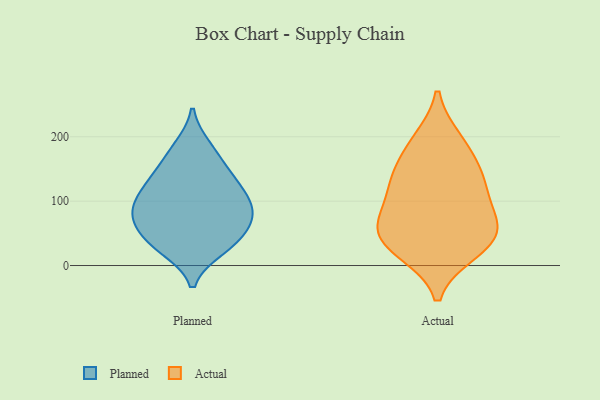
{"axis": {"x": "Headcount", "y": "Value"}, "legend": ["Actual", "Planned"], "data": [{"x": "", "y": 184, "type": "Planned"}, {"x": "", "y": 26, "type": "Planned"}, {"x": "", "y": 135, "type": "Planned"}, {"x": "", "y": 105, "type": "Planned"}, {"x": "", "y": 33, "type": "Planned"}, {"x": "", "y": 87, "type": "Planned"}, {"x": "", "y": 132, "type": "Planned"}, {"x": "", "y": 32, "type": "Planned"}, {"x": "", "y": 174, "type": "Planned"}, {"x": "", "y": 71, "type": "Planned"}, {"x": "", "y": 103, "type": "Planned"}, {"x": "", "y": 138, "type": "Planned"}, {"x": "", "y": 71, "type": "Planned"}, {"x": "", "y": 92, "type": "Planned"}, {"x": "", "y": 71, "type": "Planned"}, {"x": "", "y": 46, "type": "Planned"}, {"x": "", "y": 23, "type": "Actual"}, {"x": "", "y": 21, "type": "Actual"}, {"x": "", "y": 45, "type": "Actual"}, {"x": "", "y": 195, "type": "Actual"}, {"x": "", "y": 188, "type": "Actual"}, {"x": "", "y": 107, "type": "Actual"}, {"x": "", "y": 56, "type": "Actual"}, {"x": "", "y": 75, "type": "Actual"}, {"x": "", "y": 138, "type": "Actual"}, {"x": "", "y": 136, "type": "Actual"}, {"x": "", "y": 138, "type": "Actual"}, {"x": "", "y": 45, "type": "Actual"}, {"x": "", "y": 75, "type": "Actual"}]}